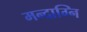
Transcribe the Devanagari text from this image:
मन्‍दाग्नि